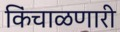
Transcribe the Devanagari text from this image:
किंचाळणारी